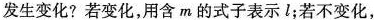
发生变化?若变化，用含m的式子表示l；若不变化，